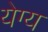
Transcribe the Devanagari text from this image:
येग्य